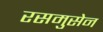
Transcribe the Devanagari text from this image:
रसमुसेन